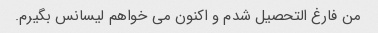
من فارغ التحصیل شدم و اکنون می خواهم لیسانس بگیرم.